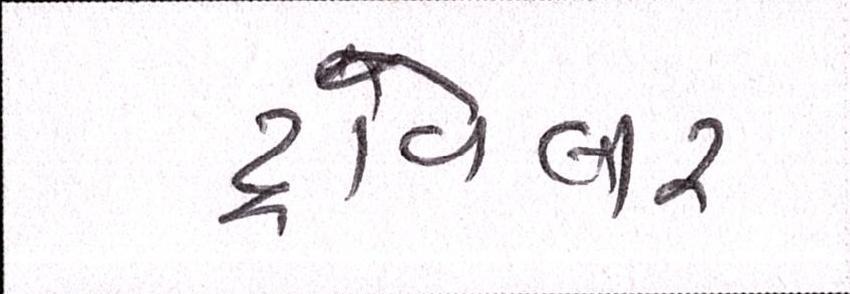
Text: ટ્રાવેલર